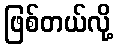
ဖြစ်တယ်လို့